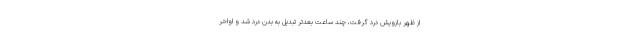
از ظهر بازویش درد گرفت، چند ساعت بعدتر تبدیل به بدن درد شد و اواخر